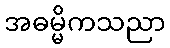
အဓမ္မိကသညာ